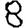
Digit: 8